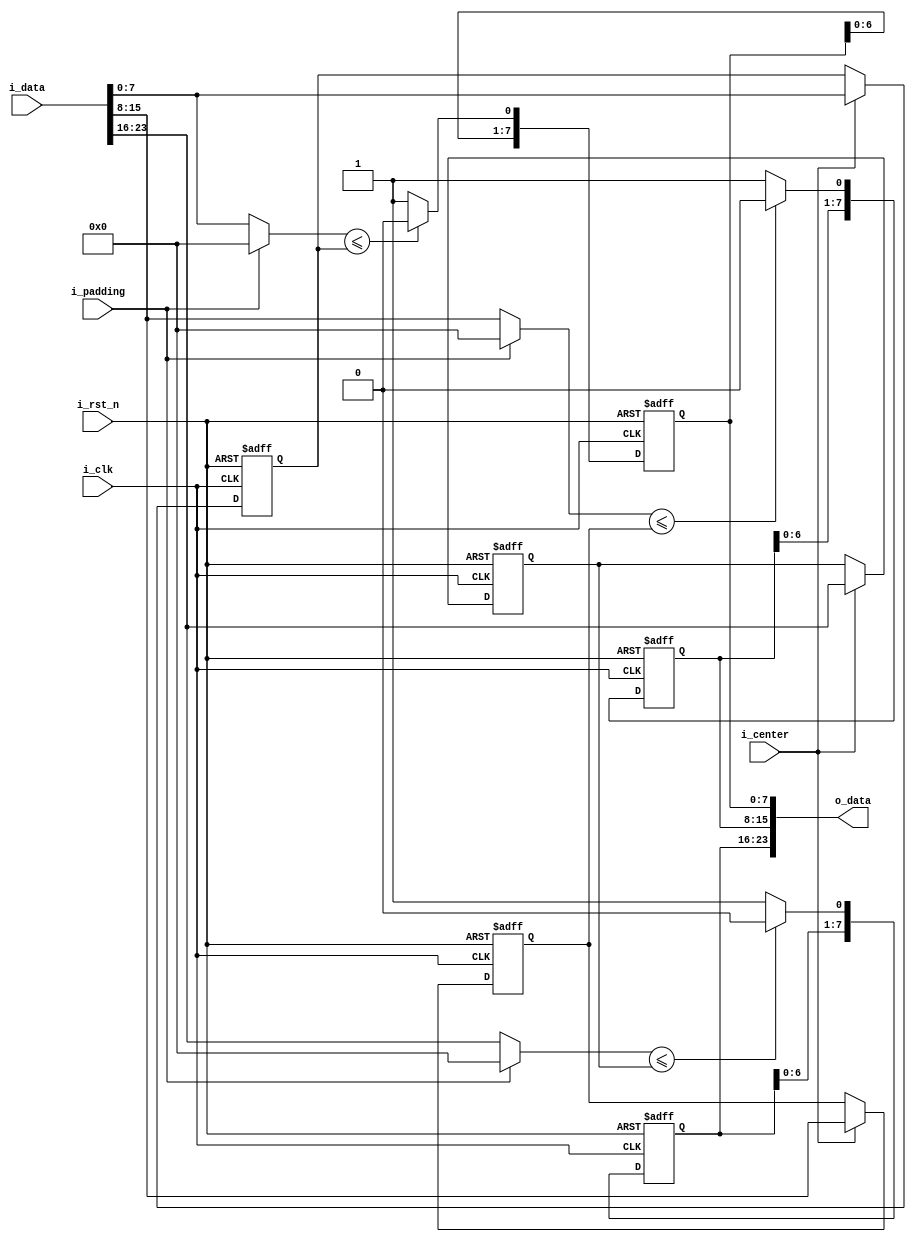
module CENSUS (
    input           i_clk,
    input           i_rst_n,
    input  [23:0]   i_data,
    input           i_center,
    input           i_padding,
    output [23:0]   o_data
);

reg [7:0]  data_R, data_G, data_B;
//center
reg  [7:0]  i_data_R_w, i_data_R_r; 
reg  [7:0]  i_data_G_w, i_data_G_r; 
reg  [7:0]  i_data_B_w, i_data_B_r;
//output (after compare)
reg  [7:0]  o_data_R_w, o_data_R_r; 
reg  [7:0]  o_data_G_w, o_data_G_r; 
reg  [7:0]  o_data_B_w, o_data_B_r;  
integer i;


assign  o_data  =   {o_data_R_r, o_data_G_r, o_data_B_r};



always @(*) begin       //if center == 1, load data to register for comparing
    if (i_center == 1) begin
        i_data_R_w  =   i_data[23:16]; 
        i_data_G_w  =   i_data[15: 8]; 
        i_data_B_w  =   i_data[ 7: 0]; 
    end
    else begin
        i_data_R_w  =   i_data_R_r; 
        i_data_G_w  =   i_data_G_r; 
        i_data_B_w  =   i_data_B_r;
    end
        
end
always @(*) begin       //if padding == 1, data coming from mem = 0
    if (i_padding == 1'b1) begin
        data_R  =   0;
        data_G  =   0;
        data_B  =   0;
    end
    else begin
        data_R  =   i_data[23:16];
        data_G  =   i_data[15: 8];
        data_B  =   i_data[ 7: 0];
    end
end
always @(*) begin   //use shift register to prevent decoder from large area
    for( i = 1; i <= 7 ; i = i + 1) begin
        o_data_R_w[i]    =   o_data_R_r[i-1];
        o_data_G_w[i]    =   o_data_G_r[i-1];
        o_data_B_w[i]    =   o_data_B_r[i-1];
    end
end
always @(*) begin
    if ( data_R <= i_data_R_r)
        o_data_R_w[0]  =   1'b0;
    else
        o_data_R_w[0]  =   1'b1;
end
always @(*) begin
    if ( data_G <= i_data_G_r)
        o_data_G_w[0]  =   1'b0;
    else
        o_data_G_w[0]  =   1'b1;
end
always @(*) begin
    if ( data_B <= i_data_B_r)
        o_data_B_w[0]  =   1'b0;
    else
        o_data_B_w[0]  =   1'b1;
end

always @(posedge i_clk or negedge i_rst_n) begin
    if (!i_rst_n) begin
        i_data_R_r    <=    0; 
        i_data_G_r    <=    0; 
        i_data_B_r    <=    0;
        //output (after compare)
        o_data_R_r    <=    0; 
        o_data_G_r    <=    0; 
        o_data_B_r    <=    0;  
    end
    else begin
        i_data_R_r    <=    i_data_R_w; 
        i_data_G_r    <=    i_data_G_w; 
        i_data_B_r    <=    i_data_B_w;
        //output (after compare)
        /*
        o_data_R_r    <=    o_data_R_w; 
        o_data_G_r    <=    o_data_R_w; 
        o_data_B_r    <=    o_data_R_w;
        */
        for( i = 7; i >= 0 ; i = i - 1) begin
            o_data_R_r[i]    <=   o_data_R_w[i];
            o_data_G_r[i]    <=   o_data_G_w[i];
            o_data_B_r[i]    <=   o_data_B_w[i];
        end  
    end
end
    
endmodule